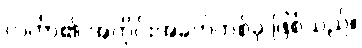
လင်္ကာ၏ အကိုင်းအခက်တစ်ခု ဖြစ်သည်။